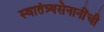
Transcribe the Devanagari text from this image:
स्वातंत्र्यसेनानींची